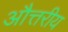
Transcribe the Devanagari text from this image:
औत्तरीय